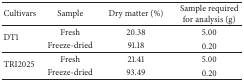
<table><thead><tr><td><b>Cultivars</b></td><td><b>Sample</b></td><td><b>Dry matter (%)</b></td><td><b>Sample required for analysis (g)</b></td></tr></thead><tbody><tr><td rowspan="2">DT1</td><td>Fresh</td><td>20.38</td><td>5.00</td></tr><tr><td>Freeze-dried</td><td>91.18</td><td>0.20</td></tr><tr><td rowspan="2">TRI2025</td><td>Fresh</td><td>21.41</td><td>5.00</td></tr><tr><td>Freeze-dried</td><td>93.49</td><td>0.20</td></tr></tbody></table>